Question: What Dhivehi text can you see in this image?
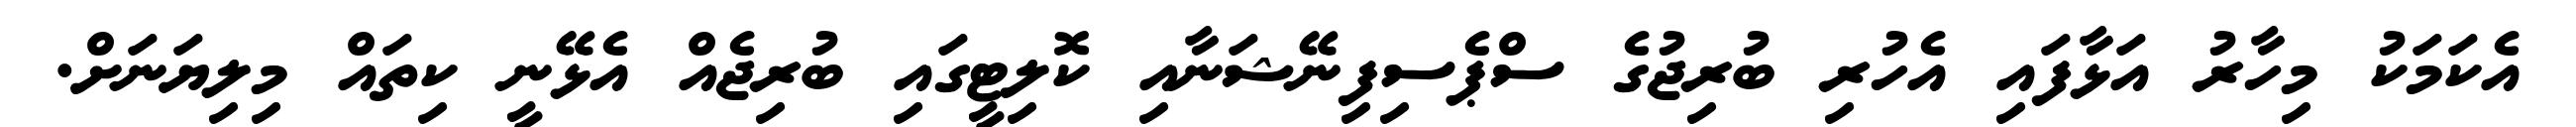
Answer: އެކަމަކު މިހާރު އަޅާފައި އެހުރި ބުރިޖުގެ ސްޕެސިފިނޭޝަނާއި ކޮލިޓީގައި ބުރިޖެއް އެޅޭނީ ކިތައް މިލިޔަނަށް.